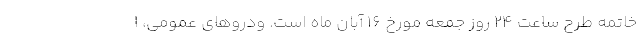
خاتمه طرح ساعت ۲۴ روز جمعه مورخ ۱۶ آبان ماه است. ودروهای عمومی، ا